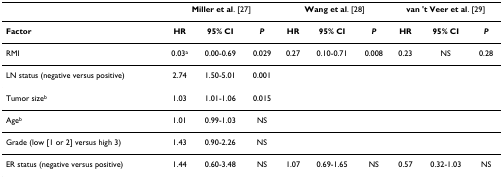
<table><thead><tr><td></td><td colspan="3"><b>Miller et al. [27]</b></td><td colspan="3"><b>Wang et al. [28]</b></td><td colspan="3"><b>van &#x27;t Veer et al. [29]</b></td></tr></thead><tbody><tr><td><b>Factor</b></td><td><b>HR</b></td><td><b>95% CI</b></td><td><b><i>P</i></b></td><td><b>HR</b></td><td><b>95% CI</b></td><td><b><i>P</i></b></td><td><b>HR</b></td><td><b>95% CI</b></td><td><b><i>P</i></b></td></tr><tr><td>RMI</td><td>0.03<sup>a</sup></td><td>0.00-0.69</td><td>0.029</td><td>0.27</td><td>0.10-0.71</td><td>0.008</td><td>0.23</td><td>NS</td><td>0.28</td></tr><tr><td>LN status (negative versus positive)</td><td>2.74</td><td>1.50-5.01</td><td>0.001</td><td></td><td></td><td></td><td></td><td></td><td></td></tr><tr><td>Tumor size<sup>b</sup></td><td>1.03</td><td>1.01-1.06</td><td>0.015</td><td></td><td></td><td></td><td></td><td></td><td></td></tr><tr><td>Age<sup>b</sup></td><td>1.01</td><td>0.99-1.03</td><td>NS</td><td></td><td></td><td></td><td></td><td></td><td></td></tr><tr><td>Grade (low [1 or 2] versus high 3)</td><td>1.43</td><td>0.90-2.26</td><td>NS</td><td></td><td></td><td></td><td></td><td></td><td></td></tr><tr><td>ER status (negative versus positive)</td><td>1.44</td><td>0.60-3.48</td><td>NS</td><td>1.07</td><td>0.69-1.65</td><td>NS</td><td>0.57</td><td>0.32-1.03</td><td>NS</td></tr></tbody></table>